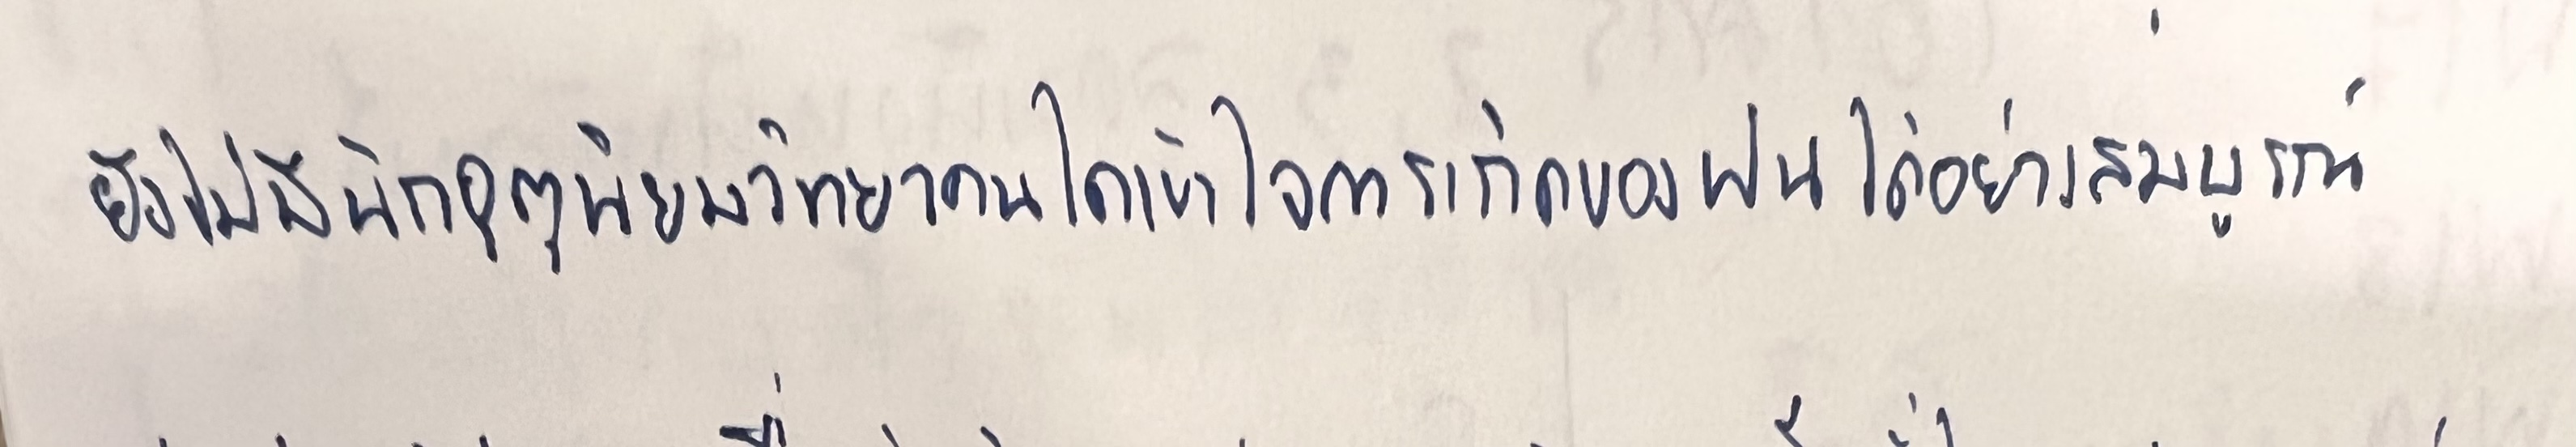
ยังไม่มีนักอุตุนิยมวิทยาคนใดเข้าใจการเกิดของฝนได้อย่างสมบูรณ์